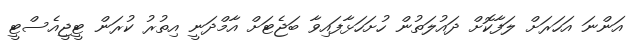
އަންނަ އަހަރަށް ލަފާކޮށް ދައުލަތުން ހުށަހަޅާފައިވާ ބަޖެޓަށް އާމްދަނީ އިތުރު ކުރަން ޓީޖީއެސްޓީ